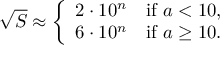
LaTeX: { \sqrt { S } } \approx { \left\{ \begin{array} { l l } { 2 \cdot 1 0 ^ { n } } & { { \mathrm { i f ~ } } a < 1 0 , } \\ { 6 \cdot 1 0 ^ { n } } & { { \mathrm { i f ~ } } a \geq 1 0 . } \end{array} \right. }